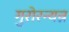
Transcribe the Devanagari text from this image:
गुरोरन्यन्न